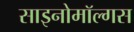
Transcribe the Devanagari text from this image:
साइनोमॉल्गस